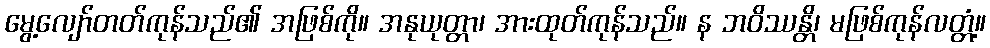
မွေ့လျော်တတ်ကုန်သည်၏ အဖြစ်ကို။ အနုယုတ္တာ၊ အားထုတ်ကုန်သည်။ န ဘဝိဿန္တိ၊ မဖြစ်ကုန်လတ္တံ့။